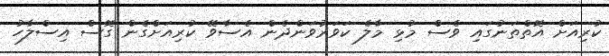
ކުރިއަށް އޮތްތަނުގައި ވެސް މުޅި މާލެ ކަވަރުވަންދެން އެސާވޭ ކުރިއަށްގެން ގޮސް އިސްލާހު